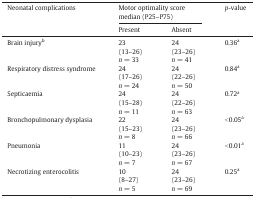
<table><thead><tr><td><b>Neonatal complications</b></td><td colspan="2"><b>Motor optimality score median (P25–P75)</b></td><td><b><i>p</i>-value</b></td></tr><tr><td><b>Present</b></td><td><b>Absent</b></td></tr></thead><tbody><tr><td>Brain injury<sup>b</sup></td><td>23</td><td>24</td><td>0.36<sup>a</sup></td></tr><tr><td>(13–26)</td><td>(23–26)</td></tr><tr><td><i>n</i> = 33</td><td><i>n</i> = 41</td></tr><tr><td>Respiratory distress syndrome</td><td>24</td><td>24</td><td>0.84<sup>a</sup></td></tr><tr><td>(17–26)</td><td>(22–26)</td></tr><tr><td><i>n</i> = 24</td><td><i>n</i> = 50</td></tr><tr><td>Septicaemia</td><td>24</td><td>24</td><td>0.72<sup>a</sup></td></tr><tr><td>(15–28)</td><td>(22–26)</td></tr><tr><td><i>n</i> = 11</td><td><i>n</i> = 63</td></tr><tr><td>Bronchopulmonary dysplasia</td><td>22</td><td>24</td><td>&lt; 0.05<sup>a</sup></td></tr><tr><td>(15–23)</td><td>(23–26)</td></tr><tr><td><i>n</i> = 8</td><td><i>n</i> = 66</td></tr><tr><td>Pneumonia</td><td>11</td><td>24</td><td>&lt; 0.01<sup>a</sup></td></tr><tr><td>(10–23)</td><td>(23–26)</td></tr><tr><td><i>n</i> = 7</td><td><i>n</i> = 67</td></tr><tr><td>Necrotizing enterocolitis</td><td>10</td><td>24</td><td>0.25<sup>a</sup></td></tr><tr><td>(8–27)</td><td>(23–26)</td></tr><tr><td><i>n</i> = 5</td><td><i>n</i> = 69</td></tr></tbody></table>